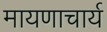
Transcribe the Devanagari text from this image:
मायणाचार्य